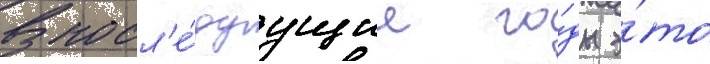
В посл'е́дуущие го́ды э́то